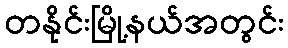
တနိုင်းမြို့နယ်အတွင်း